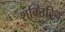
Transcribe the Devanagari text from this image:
शक्तिहिन